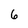
Character: 6